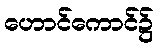
ဟောင်ကောင်၌